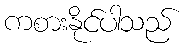
ကစားနိုင်ပါသည်